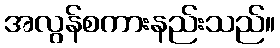
အလွန်စကားနည်းသည်။